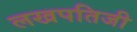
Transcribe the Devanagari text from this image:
लखपतिजी